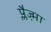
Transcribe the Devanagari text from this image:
प्लैज्म़ा